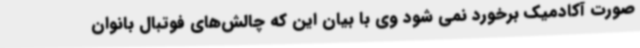
صورت آکادمیک برخورد نمی شود وی با بیان این‌ که چالش‌های فوتبال بانوان